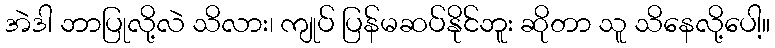
အဲဒါ ဘာပြုလို့လဲ သိလား၊ ကျုပ် ပြန်မဆပ်နိုင်ဘူး ဆိုတာ သူ သိနေလို့ပေါ့။